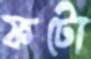
ফটো